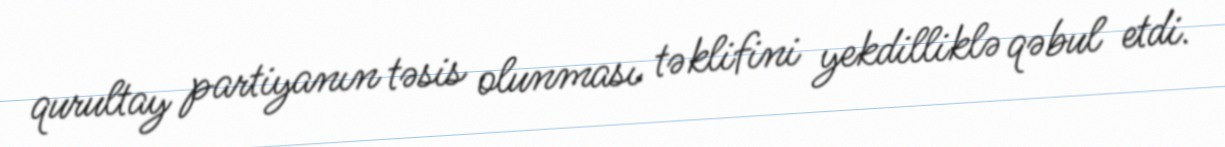
qurultay partiyanın təsis olunması təklifini yekdilliklə qəbul etdi.